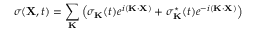
\sigma ( { \bf X } , t ) = \sum _ { \bf K } \left( \sigma _ { \bf K } ( t ) e ^ { i ( { \bf K } \cdot { \bf X } ) } + \sigma _ { \bf K } ^ { \star } ( t ) e ^ { - i ( { \bf K } \cdot { \bf X } ) } \right)